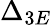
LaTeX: \Delta_{3E}